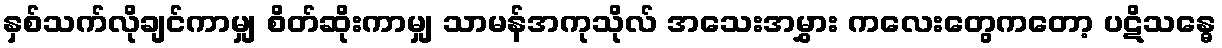
နှစ်သက်လိုချင်ကာမျှ စိတ်ဆိုးကာမျှ သာမန်အကုသိုလ် အသေးအမွှား ကလေးတွေကတော့ ပဋိသန္ဓေ